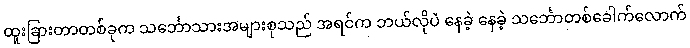
ထူးခြားတာတစ်ခုက သင်္ဘောသားအများစုသည် အရင်က ဘယ်လိုပဲ နေခဲ့ နေခဲ့ သင်္ဘောတစ်ခေါက်လောက်